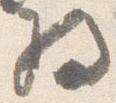
将